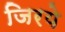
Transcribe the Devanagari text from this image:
जिरये